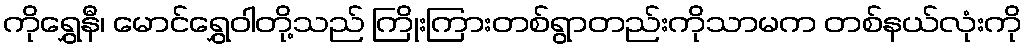
ကိုရွှေနီ၊ မောင်ရွှေဝါတို့သည် ကြိုးကြားတစ်ရွာတည်းကိုသာမက တစ်နယ်လုံးကို